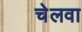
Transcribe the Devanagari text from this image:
चेलवा